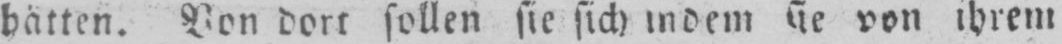
hätten. Von dort sollen sie sich indem sie von ihrem